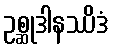
ဥစ္ဆုဒါနဿိဒံ